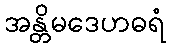
အန္တိမဒေဟဓရံ